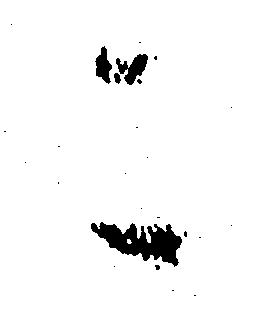
こ